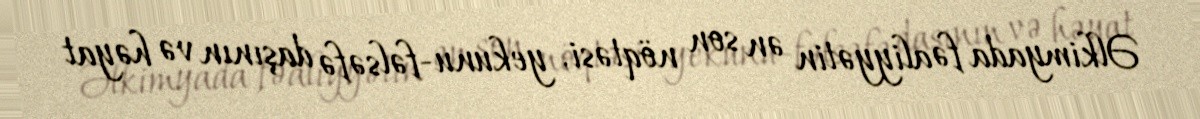
Əlkimyada fəaliyyətin ən son nöqtəsi, yekunu-fəlsəfə daşının və həyat